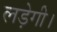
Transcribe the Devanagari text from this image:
लड़ेगी।